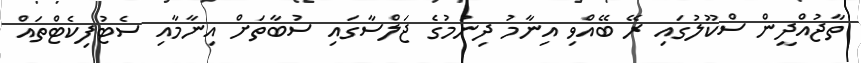
ތާޖުއްދީން ސްކޫލުގައި ރޭ ބޭއްވި އިނާމު ދިނުމުގެ ޖަލްސާގައި ސުބާތަށް އިނާމާއި ސެޓުފިކެޓްތައް